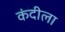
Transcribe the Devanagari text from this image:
कंदीला